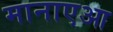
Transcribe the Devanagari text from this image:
मानाएआ